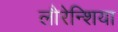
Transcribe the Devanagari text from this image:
लौरेन्शिया